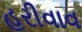
હરીવાવ